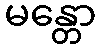
မန္တော